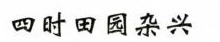
四时田园杂兴